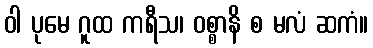
ဝါ ပုမေ ဂူထ ကရီသ၊ ဝစ္စာနိ စ မလံ ဆကံ။